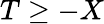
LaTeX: T\geq-X